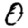
Digit: 0